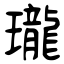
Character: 瓏